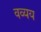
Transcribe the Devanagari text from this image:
वव्यय